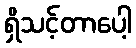
ရှိသင့်တာပေါ့